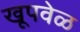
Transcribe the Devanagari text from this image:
खूपवेळ